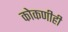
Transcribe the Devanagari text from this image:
कोकणीही